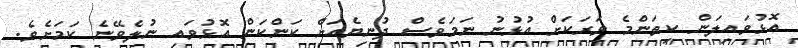
އޮޅުވައިލަން ކިތަންމެ ވަރަކަށް އުޅުނު ނަމަވެސް ދުނިޔެއަށް ކަންކަން އޮޅުވައި ނުލެވޭނެ ކަމަށެވެ.